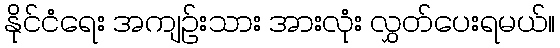
နိုင်ငံရေး အကျဉ်းသား အားလုံး လွှတ်ပေးရမယ်။